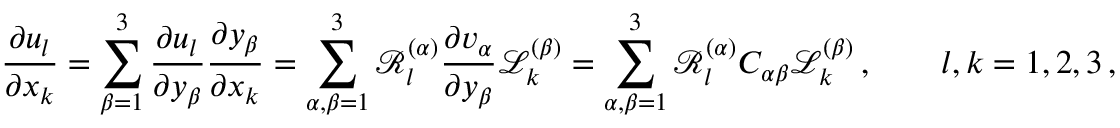
\frac { \partial u _ { l } } { \partial x _ { k } } = \sum _ { \beta = 1 } ^ { 3 } \frac { \partial u _ { l } } { \partial y _ { \beta } } \frac { \partial y _ { \beta } } { \partial x _ { k } } = \sum _ { \alpha , \beta = 1 } ^ { 3 } \mathcal { R } _ { l } ^ { ( \alpha ) } \frac { \partial v _ { \alpha } } { \partial y _ { \beta } } \mathcal { L } _ { k } ^ { ( \beta ) } = \sum _ { \alpha , \beta = 1 } ^ { 3 } \mathcal { R } _ { l } ^ { ( \alpha ) } C _ { \alpha \beta } \mathcal { L } _ { k } ^ { ( \beta ) } \, , \qquad l , k = 1 , 2 , 3 \, ,